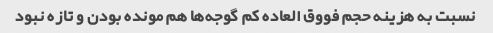
نسبت به هزینه حجم فووق العاده کم گوجه‌ها هم مونده بودن و تازه نبود